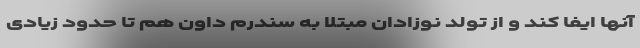
آنها ایفا کند و از تولد نوزادان مبتلا به سندرم داون هم تا حدود زیادی